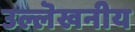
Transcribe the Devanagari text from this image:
उल्लॆखनीय